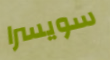
سويسرا